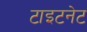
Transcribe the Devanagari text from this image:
टाइटनेट